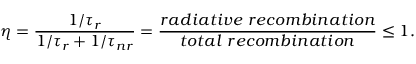
\eta = { \frac { 1 / \tau _ { r } } { 1 / \tau _ { r } + 1 / \tau _ { n r } } } = { \frac { r a d i a t i v e \ r e c o m b i n a t i o n } { t o t a l \ r e c o m b i n a t i o n } } \leq 1 .